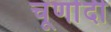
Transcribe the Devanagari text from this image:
चूर्णादी